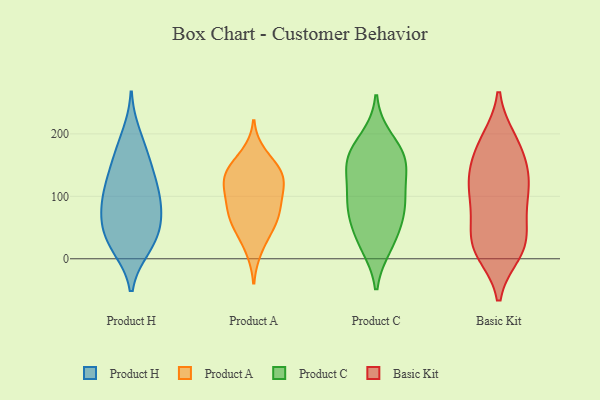
{"axis": {"x": "Gross Profit (USD K)", "y": "Value"}, "legend": ["Basic Kit", "Product A", "Product C", "Product H"], "data": [{"x": "", "y": 55, "type": "Product H"}, {"x": "", "y": 88, "type": "Product H"}, {"x": "", "y": 17, "type": "Product H"}, {"x": "", "y": 123, "type": "Product H"}, {"x": "", "y": 18, "type": "Product H"}, {"x": "", "y": 52, "type": "Product H"}, {"x": "", "y": 72, "type": "Product H"}, {"x": "", "y": 115, "type": "Product H"}, {"x": "", "y": 90, "type": "Product H"}, {"x": "", "y": 102, "type": "Product H"}, {"x": "", "y": 23, "type": "Product H"}, {"x": "", "y": 48, "type": "Product H"}, {"x": "", "y": 143, "type": "Product H"}, {"x": "", "y": 156, "type": "Product H"}, {"x": "", "y": 175, "type": "Product H"}, {"x": "", "y": 199, "type": "Product H"}, {"x": "", "y": 114, "type": "Product A"}, {"x": "", "y": 138, "type": "Product A"}, {"x": "", "y": 167, "type": "Product A"}, {"x": "", "y": 83, "type": "Product A"}, {"x": "", "y": 98, "type": "Product A"}, {"x": "", "y": 138, "type": "Product A"}, {"x": "", "y": 114, "type": "Product A"}, {"x": "", "y": 55, "type": "Product A"}, {"x": "", "y": 46, "type": "Product A"}, {"x": "", "y": 66, "type": "Product A"}, {"x": "", "y": 15, "type": "Product A"}, {"x": "", "y": 142, "type": "Product A"}, {"x": "", "y": 74, "type": "Product A"}, {"x": "", "y": 133, "type": "Product A"}, {"x": "", "y": 22, "type": "Product C"}, {"x": "", "y": 151, "type": "Product C"}, {"x": "", "y": 80, "type": "Product C"}, {"x": "", "y": 191, "type": "Product C"}, {"x": "", "y": 156, "type": "Product C"}, {"x": "", "y": 133, "type": "Product C"}, {"x": "", "y": 166, "type": "Product C"}, {"x": "", "y": 83, "type": "Product C"}, {"x": "", "y": 162, "type": "Product C"}, {"x": "", "y": 93, "type": "Product C"}, {"x": "", "y": 48, "type": "Product C"}, {"x": "", "y": 27, "type": "Product C"}, {"x": "", "y": 92, "type": "Product C"}, {"x": "", "y": 19, "type": "Basic Kit"}, {"x": "", "y": 187, "type": "Basic Kit"}, {"x": "", "y": 13, "type": "Basic Kit"}, {"x": "", "y": 110, "type": "Basic Kit"}, {"x": "", "y": 190, "type": "Basic Kit"}, {"x": "", "y": 75, "type": "Basic Kit"}, {"x": "", "y": 29, "type": "Basic Kit"}, {"x": "", "y": 125, "type": "Basic Kit"}, {"x": "", "y": 150, "type": "Basic Kit"}, {"x": "", "y": 47, "type": "Basic Kit"}, {"x": "", "y": 102, "type": "Basic Kit"}, {"x": "", "y": 21, "type": "Basic Kit"}, {"x": "", "y": 10, "type": "Basic Kit"}, {"x": "", "y": 84, "type": "Basic Kit"}, {"x": "", "y": 133, "type": "Basic Kit"}, {"x": "", "y": 182, "type": "Basic Kit"}, {"x": "", "y": 140, "type": "Basic Kit"}]}